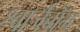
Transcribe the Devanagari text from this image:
श्वार्जबॉम